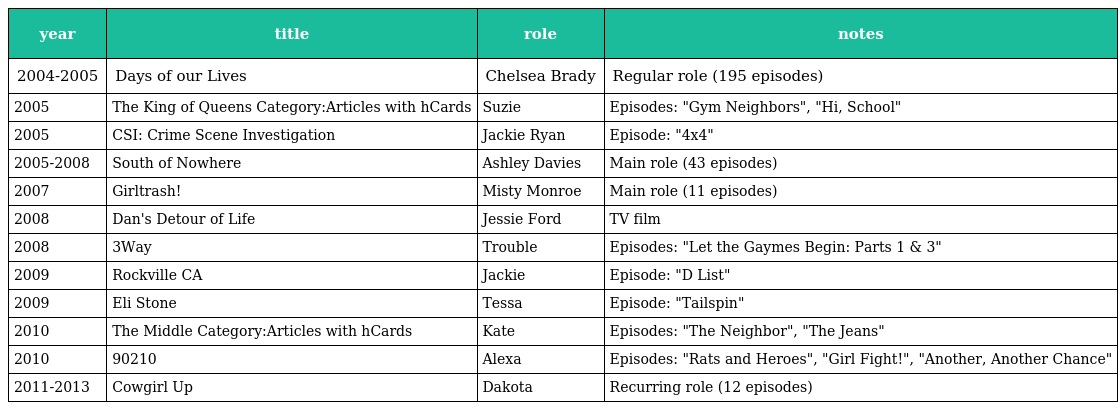
| year | title | role | notes |
 | --- | --- | --- | --- |
 | 2004-2005 | Days of our Lives | Chelsea Brady | Regular role (195 episodes) |
 | 2005 | The King of Queens Category:Articles with hCards | Suzie | Episodes: "Gym Neighbors", "Hi, School" |
 | 2005 | CSI: Crime Scene Investigation | Jackie Ryan | Episode: "4x4" |
 | 2005-2008 | South of Nowhere | Ashley Davies | Main role (43 episodes) |
 | 2007 | Girltrash! | Misty Monroe | Main role (11 episodes) |
 | 2008 | Dan's Detour of Life | Jessie Ford | TV film |
 | 2008 | 3Way | Trouble | Episodes: "Let the Gaymes Begin: Parts 1 & 3" |
 | 2009 | Rockville CA | Jackie | Episode: "D List" |
 | 2009 | Eli Stone | Tessa | Episode: "Tailspin" |
 | 2010 | The Middle Category:Articles with hCards | Kate | Episodes: "The Neighbor", "The Jeans" |
 | 2010 | 90210 | Alexa | Episodes: "Rats and Heroes", "Girl Fight!", "Another, Another Chance" |
 | 2011-2013 | Cowgirl Up | Dakota | Recurring role (12 episodes) |